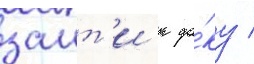
заит'и к до́ку /